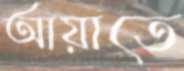
আয়াতে